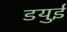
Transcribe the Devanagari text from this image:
डयुई